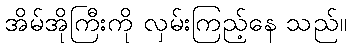
အိမ်အိုကြီးကို လှမ်းကြည့်နေ သည်။